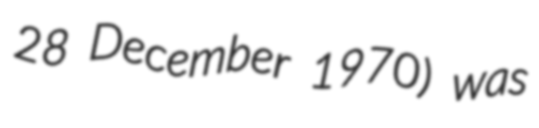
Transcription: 28 December 1970) was